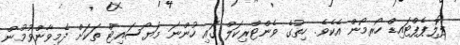
ޕޮލިޕެޕްޓައިޑް ހޯރމޯން އެކެވެ. ހިތުގެ ވެންޓްރިކަލް ގައި ހުންނަ މަޔޯސައިޓް ތަކަށް ދެމިވާންވުމުން